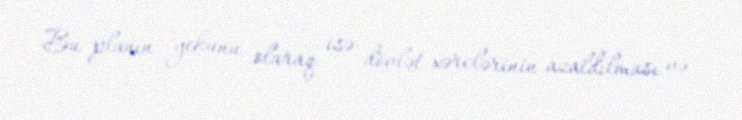
Bu planın yekunu olaraq isə dövlət xərclərinin azaldılması və